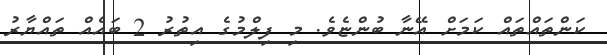
ކަންތައްތައް ކަމަށް އޭނާ ބުންޏެވެ. މި ފިލްމުގެ އިތުރު 2 ބައެއް ތައްޔާރު